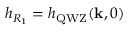
h _ { R _ { 1 } } = h _ { \mathrm { Q W Z } } ( \mathbf { k } , 0 )